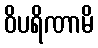
ဝိပရိဏာမိ